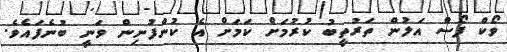
ވޯކް ފޯސް އަލުން ތަރުތީބު ކުރުމަށް ކަމަށް އެ ކުންފުނިން ވަނީ ބުނެފައެވެ.